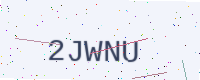
Text: 2JWNU